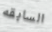
السابقه